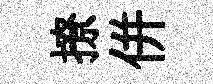
撩併